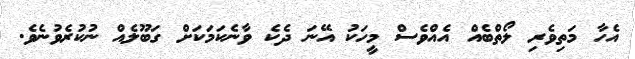
އެހާ މަތިވެރި ލޯތްބެއް އެއްވެސް މީހަކު އޭނަ ދެކެ ވާނެކަމަކަށް ގަބޫލެއް ނުކުރެވުނެވެ.